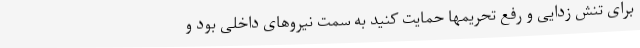
برای تنش زدایی و رفع تحریمها حمایت کنید به سمت نیروهای داخلی بود و